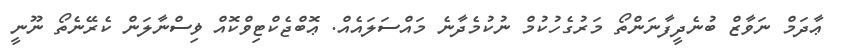
ޢާދަމް ނަވާޒް ބުނެދީފާނަންތޯ މަރުގެހުކުމް ނުކުމެދާނެ މައްސަލައެއް. ޢޮބްޖެކްޓިވްކޮއް ޥިސްނާލަން ކެރޭނެތޯ ނޫނީ